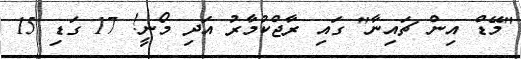
"މޭޑް އިން ޗައިނާ" ގައި ރާޖްކުމާރު އަދި މޯނީ! 17 ގަޑި 15